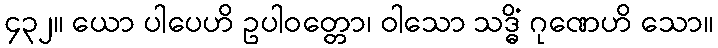
၄၃၂။ ယော ပါပေဟိ ဥပါဝတ္တော၊ ဝါသော သဒ္ဓိံ ဂုဏေဟိ သော။